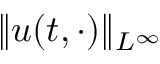
\| u ( t , \cdot ) \| _ { L ^ { \infty } }